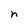
Character: n